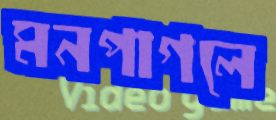
মনপাগলে